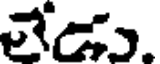
లేడు.